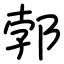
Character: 郣